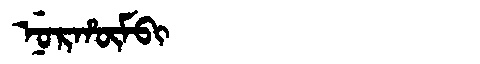
Manchu: ᠨᡠᡵᡥᡡᠮᠪᡳ
Romanization: NURHŪMBI